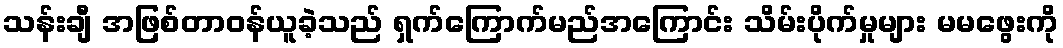
သန်းချီ အဖြစ်တာဝန်ယူခဲ့သည် ရှက်ကြောက်မည်အကြောင်း သိမ်းပိုက်မှုများ မမဖွေးကို